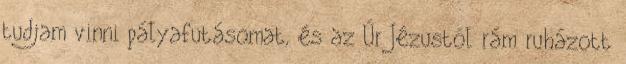
tudjam vinni pályafutásomat, és az Úr Jézustól rám ruházott